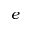
e